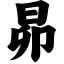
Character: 昴